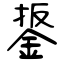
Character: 鋬